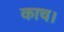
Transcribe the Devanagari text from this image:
काच।